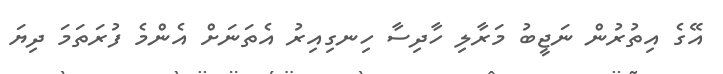
އޭގެ އިތުުރުން ނަޖީބު މަރާލި ހާދިސާ ހިނގިއިރު އެތަނަށް އެންމެ ފުރަތަމަ ދިޔަ